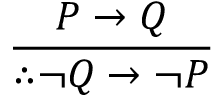
\frac { P \to Q } { \therefore \neg Q \to \neg P }